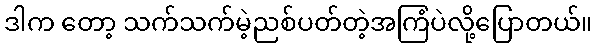
ဒါက တော့ သက်သက်မဲ့ညစ်ပတ်တဲ့အကြံပဲလို့ပြောတယ်။